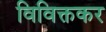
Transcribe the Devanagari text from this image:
विविक्तकर